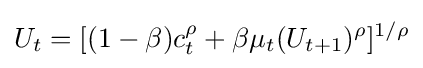
U_{t}=[(1-\beta )c_{t}^{\rho }+\beta \mu _{t}(U_{t+1})^{\rho }]^{1/\rho }